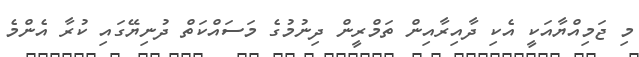
މި ޖަމިއްޔާއަކީ އެކި ދާއިރާއިން ތަމްރީން ދިނުމުގެ މަސައްކަތް ދުނިޔޭގައި ކުރާ އެންމެ